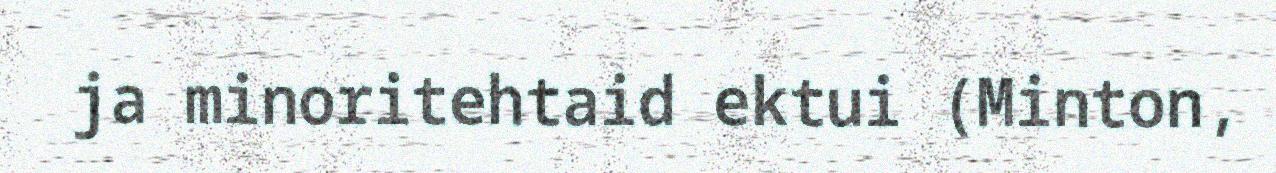
ja minoritehtaid ektui (Minton,